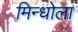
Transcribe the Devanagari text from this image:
मिन्धोला